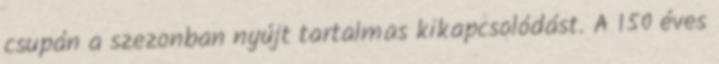
csupán a szezonban nyújt tartalmas kikapcsolódást. A 150 éves